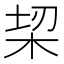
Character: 𣑧